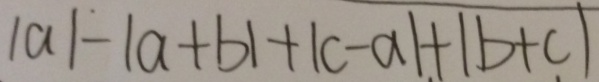
\vert a \vert - \vert a + b \vert + \vert c - a \vert + \vert b + c \vert